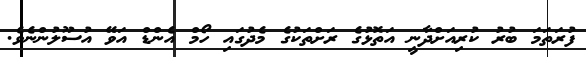
ފުރަތަމަ ބުރު ކުރިއަށްދާނީ އަތޮޅުގެ ރަށްތަކުގެ މެދުގައި ހޯމް އެންޑް އަވޭ އުސޫލުންނެވެ.